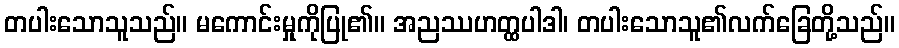
တပါးသောသူသည်။ မကောင်းမှုကိုပြု၏။ အညဿဟတ္ထပါဒါ၊ တပါးသောသူ၏လက်ခြေတို့သည်။